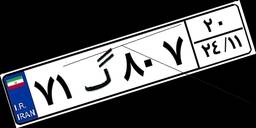
۵۸گ۳۱۱۱۳